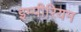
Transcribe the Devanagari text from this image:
इम्पीरियम